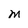
Character: m